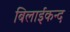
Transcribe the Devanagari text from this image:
बिलाईकन्द